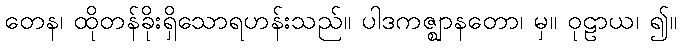
တေန၊ ထိုတန်ခိုးရှိသောရဟန်းသည်။ ပါဒကဇ္ဈာနတော၊ မှ။ ဝုဠာယ၊ ၍။